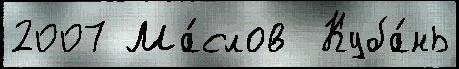
2007 Ма́слов  Куба́нь